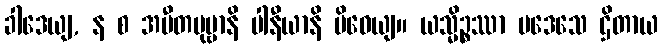
ခါဒေယျ, န စ အပီတပုဗ္ဗာနိ ပါနီယာနိ ပိဝေယျ။ ယသ္မိဉ္စဿာ ပဒေသေ ဌိတာယ